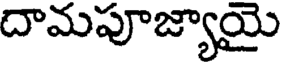
దామపూజ్యాయై